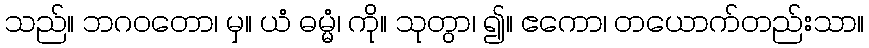
သည်။ ဘဂဝတော၊ မှ။ ယံ ဓမ္မံ၊ ကို။ သုတွာ၊ ၍။ ဧကော၊ တယောက်တည်းသာ။